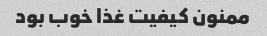
ممنون کیفیت غذا خوب بود